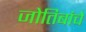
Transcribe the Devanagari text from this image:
जोतिबांचे